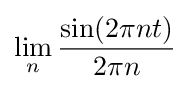
\lim _{n}{\frac {\sin(2\pi nt)}{2\pi n}}